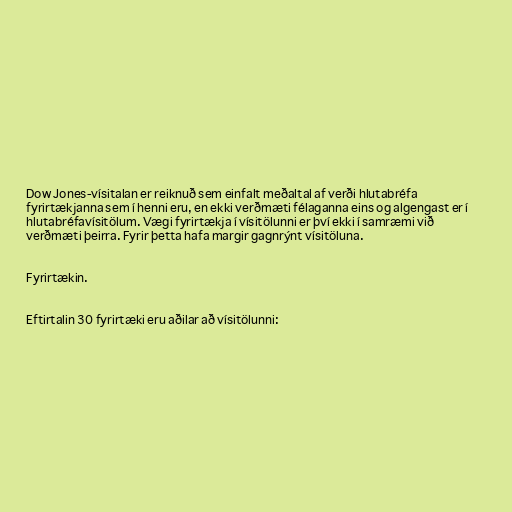
Dow Jones-vísitalan er reiknuð sem einfalt meðaltal af verði hlutabréfa
fyrirtækjanna sem í henni eru, en ekki verðmæti félaganna eins og algengast er í
hlutabréfavísitölum. Vægi fyrirtækja í vísitölunni er því ekki í samræmi við
verðmæti þeirra. Fyrir þetta hafa margir gagnrýnt vísitöluna.

Fyrirtækin.

Eftirtalin 30 fyrirtæki eru aðilar að vísitölunni: